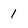
Character: 1